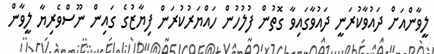
ލީވާންއަށް ދައުވާކުރަނީ ދައުވާގައިވާ ގޮތުން ފުލުހުން ހައްޔަރުކުރަން ފިޔާޒުގެ ގައިން ނޫސްވެރިޔާ ލީވާން